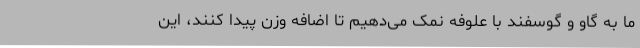
ما به گاو و گوسفند با علوفه نمک می‌دهیم تا اضافه وزن پیدا کنند، این